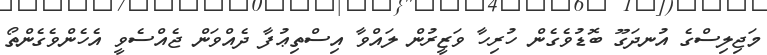
މަޖިލިސްގެ އުނދަގޫ ބޮޑުވެގެން ހުރިހާ ވަޒީރުން ލައްވާ އިސްތިޢުފާާ ދެއްވަން ޖެއްސެވީ އެހެންވެގެންތޯ